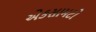
એકસામટો